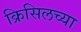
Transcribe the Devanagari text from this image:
क्रिसिलच्या